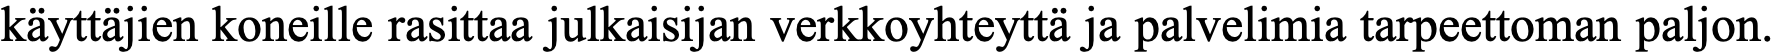
käyttäjien koneille rasittaa julkaisijan verkkoyhteyttä ja palvelimia tarpeettoman paljon.